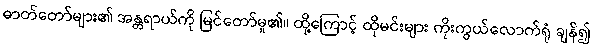
ဓာတ်တော်များ၏ အန္တရာယ်ကို မြင်တော်မူ၏။ ထို့ကြောင့် ထိုမင်းများ ကိုးကွယ်လောက်ရုံ ချန်၍